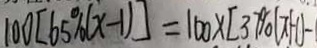
1 0 0 [ 6 5 \% ( x - 1 ) ] = 1 0 0 \times [ 3 7 \% ( x + 1 ) - 1